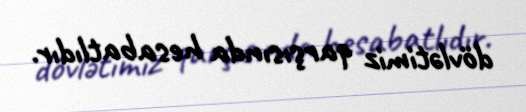
dövlətimiz qarşısında hesabatlıdır.